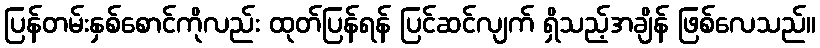
ပြန်တမ်းနှစ်စောင်ကိုလည်း ထုတ်ပြန်ရန် ပြင်ဆင်လျက် ရှိသည့်အချိန် ဖြစ်လေသည်။